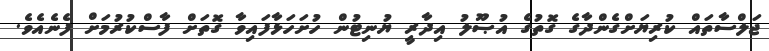
ޖަލްސާތައް ކުރިޔަށްގެންދާގެ ގޮތުގެ އުޞޫލު އިދާރީ ޔުނިޓުން ހުށަހަޅާފައިވާ ގޮތަށް ފާސްކުރުމަށް ފެނެއެވެ.